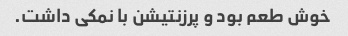
خوش طعم بود و پرزنتیشن با نمکی داشت.